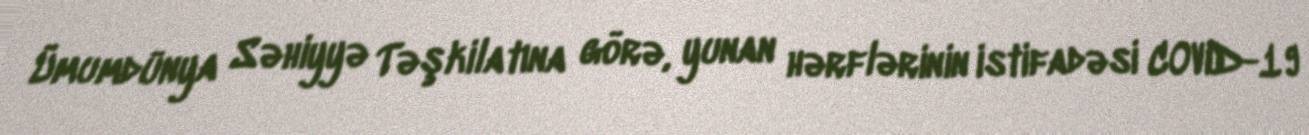
Ümumdünya Səhiyyə Təşkilatına görə, yunan hərflərinin istifadəsi COVID-19